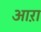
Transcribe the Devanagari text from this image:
आऱा